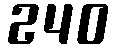
240